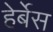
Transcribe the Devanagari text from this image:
हेर्बेस